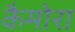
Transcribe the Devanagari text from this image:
कैमोरा